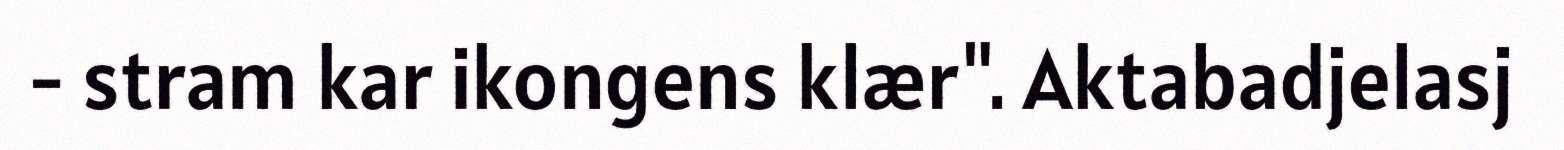
- stram kar ikongens klær". Aktabadjelasj